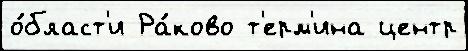
о́бласт'и Ра́ково т'ерм'ина центр